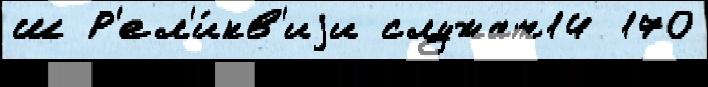
ш Р'ел'и́кв'иjи служат14 170